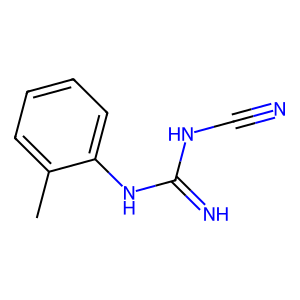
SMILES: Cc1ccccc1NC(=N)NC#N
Inhibits HIV replication: No